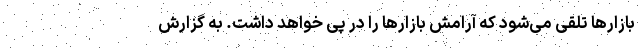
بازارها تلقی می‌شود که آرامش بازارها را در پی خواهد داشت. به گزارش